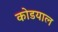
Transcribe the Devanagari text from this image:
कोडयाल